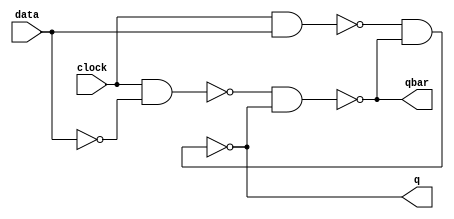
module Dlatch (q,qbar,clock,data);
	output q, qbar;
	input clock, data;
	wire nand1, nand2;
	wire databar;
	not #1	 (databar,data);
	nand #1 (nand1,clock, data);
	nand #1 (nand2,clock, databar);
	nand #1 (qbar,nand2,q);
	nand #1 (q,nand1,qbar);
	
endmodule